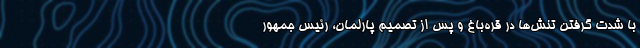
با شدت گرفتن تنش‌ها در قره‌باغ و پس از تصمیم پارلمان، رئیس جمهور